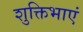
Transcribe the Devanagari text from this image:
शुक्तिभाएं